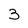
Character: 3